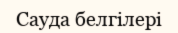
Сауда белгілері